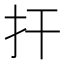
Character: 扞